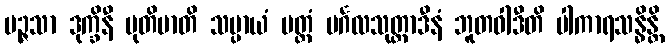
ပဉ္ဇသာ ဒုက္ခိနီ မုတိမာတိ သပ္ပာယံ မတ္တံ မင်္ဂလသုတ္တာဒီနံ ဘူတဝါဒီတိ ပါကာရသန္ဓိန္တိ